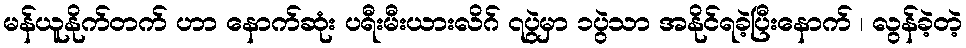
မန်ယူနိုက်တက် ဟာ နောက်ဆုံး ပရီးမီးယားလိဂ် ၇ပွဲမှာ ၁ပွဲသာ အနိုင်ရခဲ့ပြီးနောက် ၊ လွန်ခဲ့တဲ့